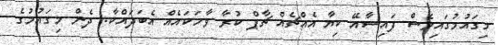
މިގައުމުގައިވެސް ފައިސާއޭ ކިޔާ އެެއްޗެއް ޗާޕް ކުރާ ވާހަކައެއް އެބަދައްކާ. ދެން މިގައުމުގެ